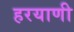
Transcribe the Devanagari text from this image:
हरयाणी